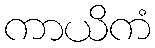
ကာယိကံ